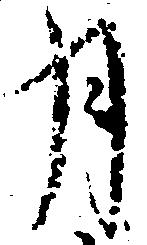
月